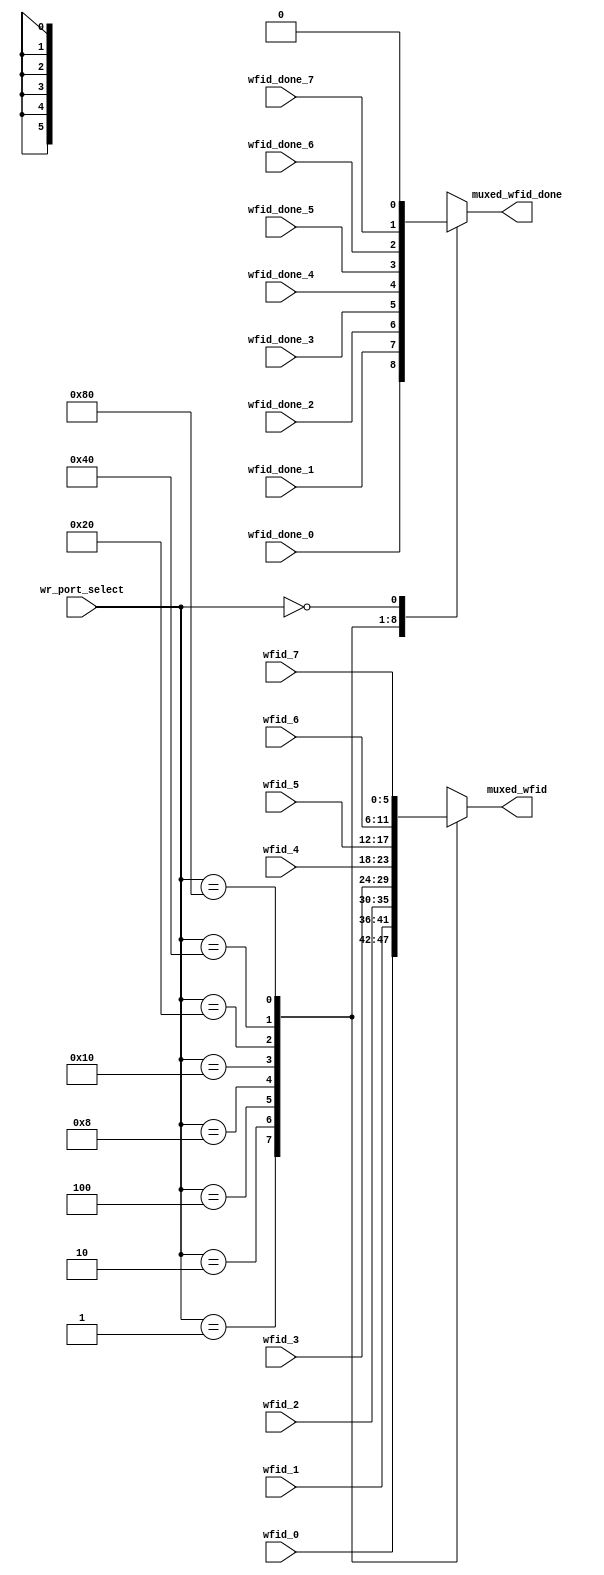
module wfid_mux_9to1 (
  wr_port_select,

  wfid_done_0,
  wfid_0,
  wfid_done_1,
  wfid_1,
  wfid_done_2,
  wfid_2,
  wfid_done_3,
  wfid_3,
  wfid_done_4,
  wfid_4,
  wfid_done_5,
  wfid_5,
  wfid_done_6,
  wfid_6,
  wfid_done_7,
  wfid_7,
  muxed_wfid,
  muxed_wfid_done
);

  output [5:0] muxed_wfid;
  output muxed_wfid_done;

  input [15:0] wr_port_select;

  input wfid_done_0;
  input [5:0] wfid_0;
  input wfid_done_1;
  input [5:0] wfid_1;
  input wfid_done_2;
  input [5:0] wfid_2;
  input wfid_done_3;
  input [5:0] wfid_3;
  input wfid_done_4;
  input [5:0] wfid_4;
  input wfid_done_5;
  input [5:0] wfid_5;
  input wfid_done_6;
  input [5:0] wfid_6;
  input wfid_done_7;
  input [5:0] wfid_7;

  reg [5:0] muxed_wfid;
  reg muxed_wfid_done;

  always @ (
    wr_port_select or
    wfid_done_0 or
    wfid_0 or
    wfid_done_1 or
    wfid_1 or
    wfid_done_2 or
    wfid_2 or
    wfid_done_3 or
    wfid_3 or
    wfid_done_4 or
    wfid_4 or
    wfid_done_5 or
    wfid_5 or
    wfid_done_6 or
    wfid_6 or
    wfid_done_7 or
    wfid_7
  ) begin
    casex(wr_port_select)
      16'h0001:
        begin
          muxed_wfid_done <= wfid_done_0;
          muxed_wfid <= wfid_0;
        end
      16'h0002:
        begin
          muxed_wfid_done <= wfid_done_1;
          muxed_wfid <= wfid_1;
        end
      16'h0004:
        begin
          muxed_wfid_done <= wfid_done_2;
          muxed_wfid <= wfid_2;
        end
      16'h0008:
        begin
          muxed_wfid_done <= wfid_done_3;
          muxed_wfid <= wfid_3;
        end
      16'h0010:
        begin
          muxed_wfid_done <= wfid_done_4;
          muxed_wfid <= wfid_4;
        end
      16'h0020:
        begin
          muxed_wfid_done <= wfid_done_5;
          muxed_wfid <= wfid_5;
        end
      16'h0040:
        begin
          muxed_wfid_done <= wfid_done_6;
          muxed_wfid <= wfid_6;
        end
      16'h0080:
        begin
          muxed_wfid_done <= wfid_done_7;
          muxed_wfid <= wfid_7;
        end
      16'h0000:
        begin
          muxed_wfid_done <= 1'b0;
          muxed_wfid <= {6{1'bx}};
        end
      default:
        begin
          muxed_wfid_done <= 1'bx;
          muxed_wfid <= {6{1'bx}};
        end
    endcase
  end

endmodule